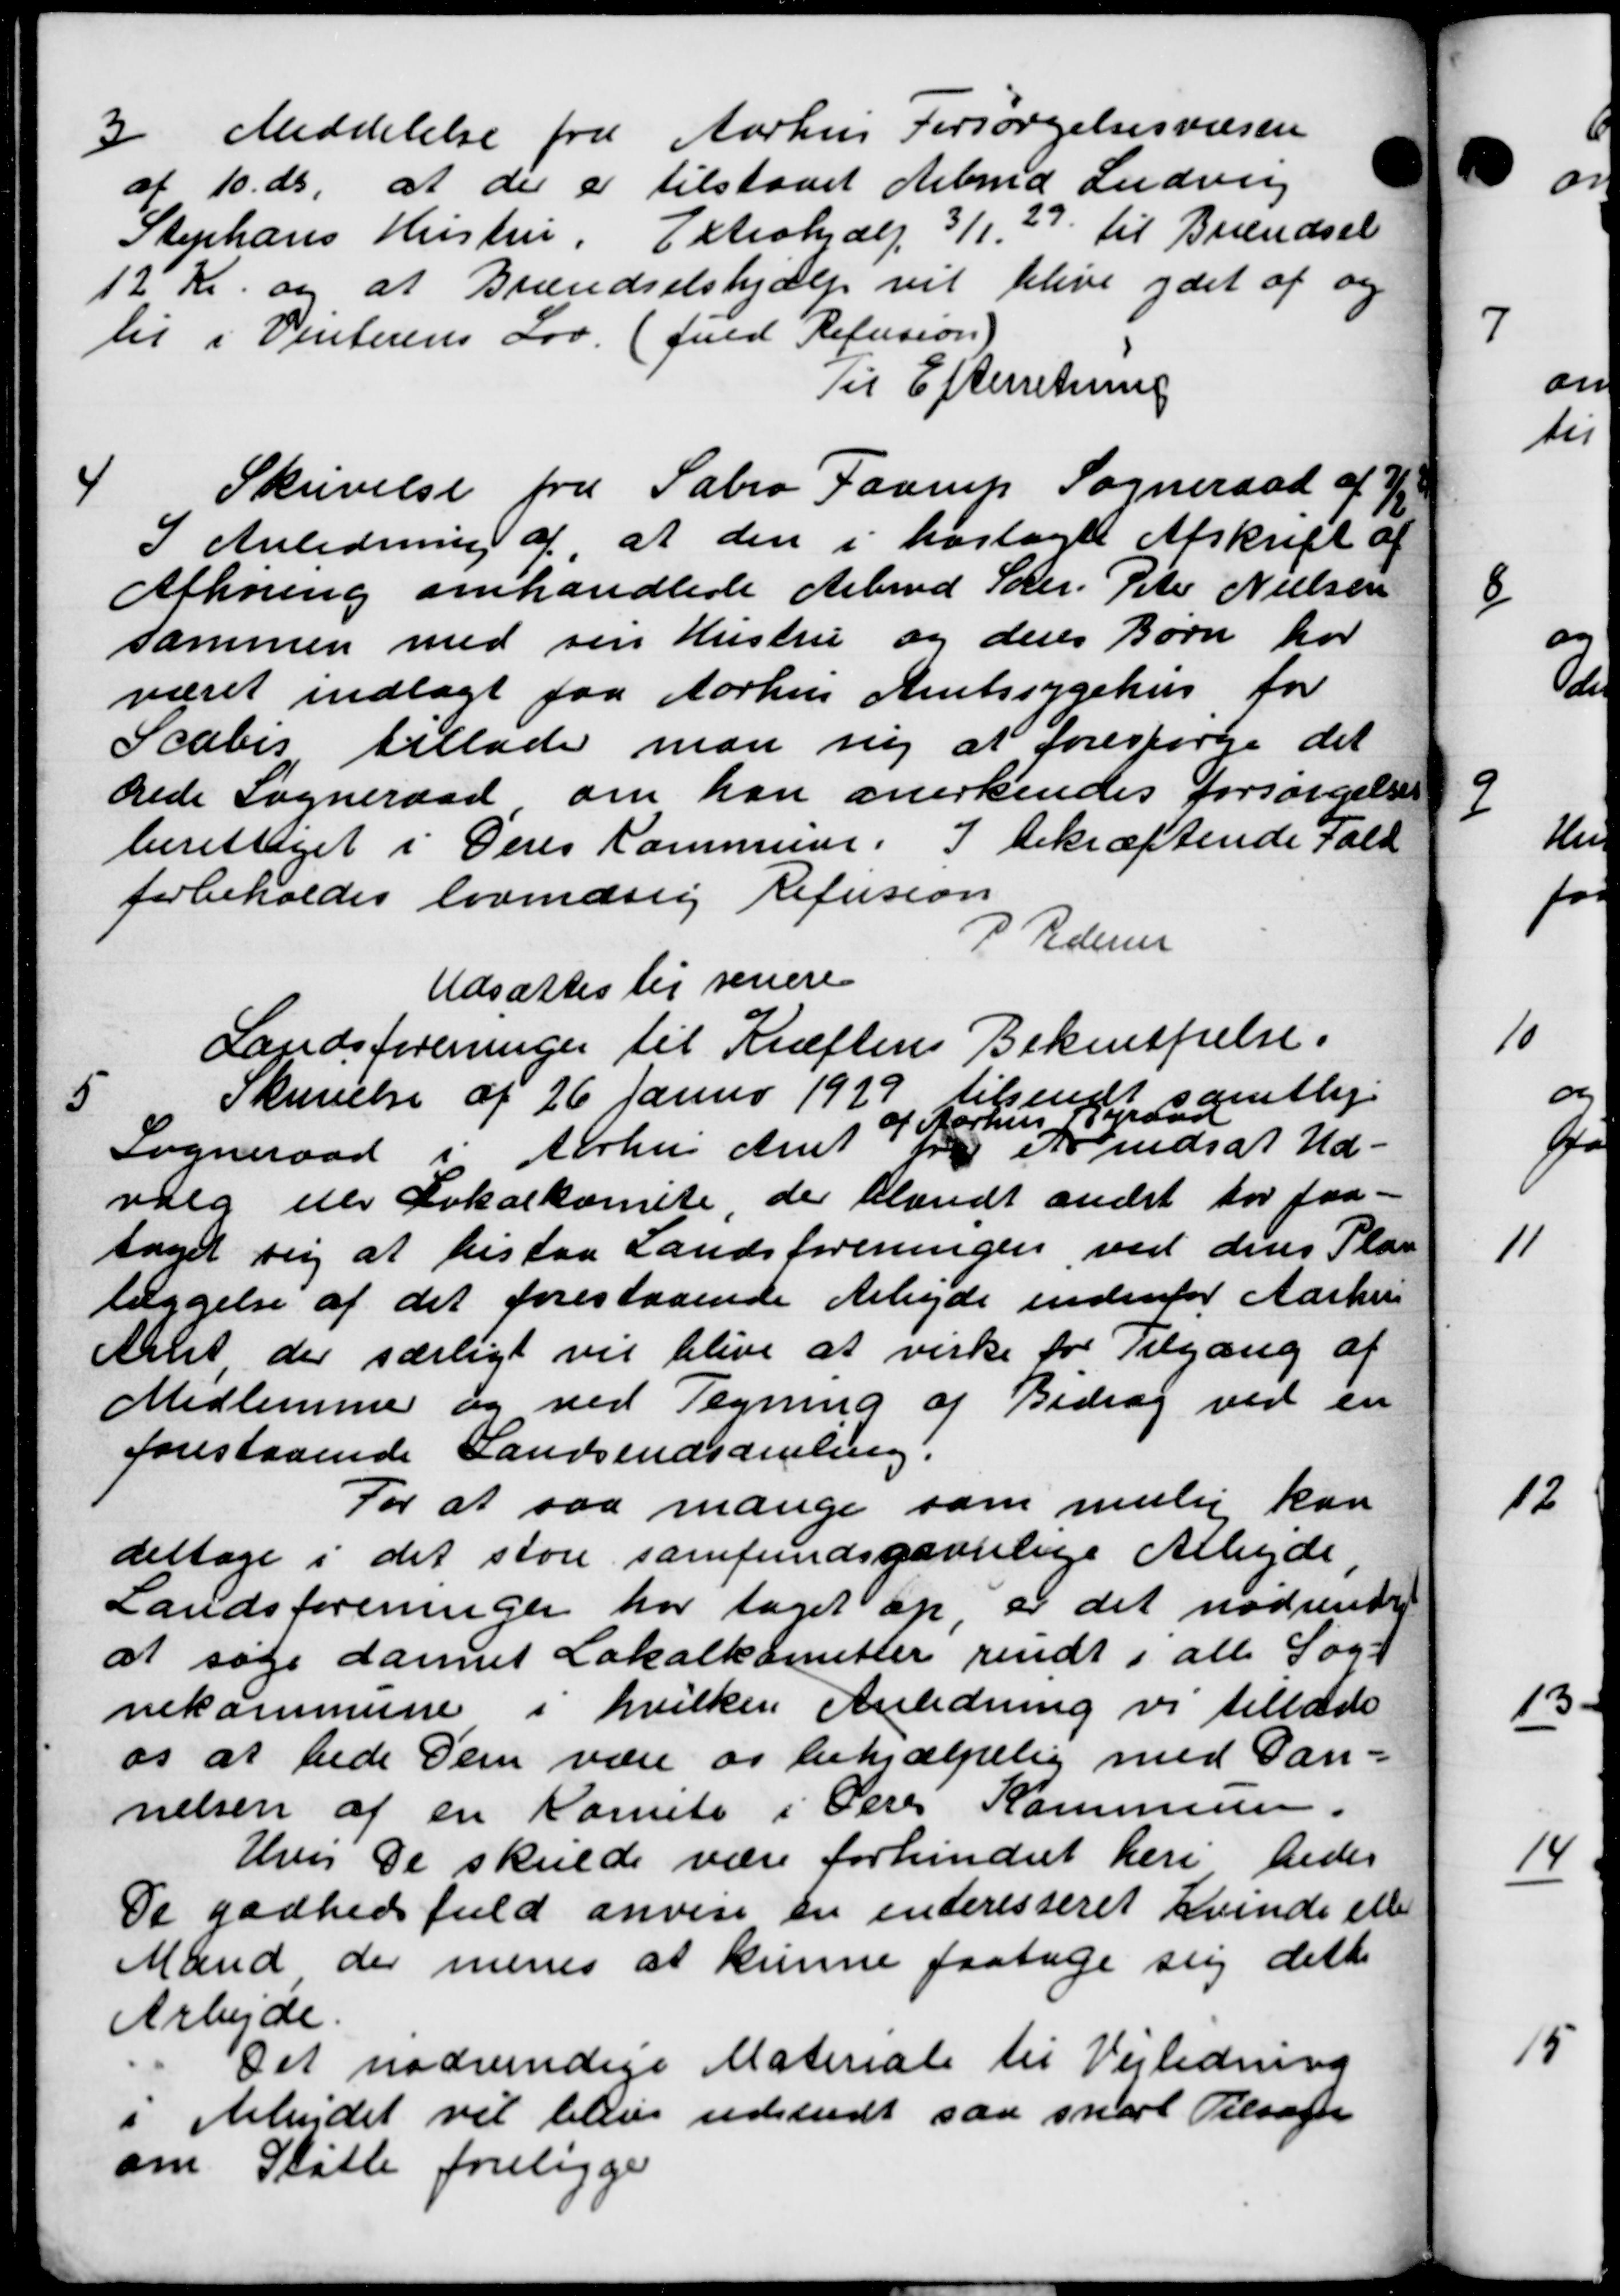
Transskription:
3
Meddelelse fra Aarhus Forsørgelsesvæsen
af 10 ds, at der er tilstaaet Arbmd Ludvig
Stephans Hustru, Extrahjælp 3/1, 27 til Brændsel
12 Kr. og at Brændselshjælp vil blive ydet af og
lil i Vinterens Lov. (fuld Refusion)
Til Efterretning
4
Skrivelse fra Sabro Faarup Sogneraad af 7/1
I Anledning af at den i hoslagt Afskrift af
Afhøring omhandlede Arbmd Søer. Peter Nielsen
sammen med sin Hustru og deres Børn har
været indlagt fra Aarhus Amtssygehus for
Scabis tillader man ny at forespørge det
ærede Sogneraad om han anerkendes forsørgelses
berettiget i Deres Kommune. I bekræftende Fald
forbeholdes lovendsig Refusion
P Pedersen
Udsættes til senere
Landsforeninger til Kræftens Bekentfrelse.
5
Skrivelse af 26 Januar 1929 tilsendt samtlige
4 Aarhus Byraad
Sogneraad i Århus Amt fra Arndsat Ud-
valg der Lokalkomite, der blandt andet for faa-
taget sig at bistaa Landsforeningen ved dens Plan
læggelse af det forestaaende Arbejde indenfor Aarhus
Aalet der særligt vil blive at virke for Tilgang af
Medlemmer og ved Tegning af Bidrag ved en
forestaaende Landsindsamling.
For at saa mange som mulig kan
deltage i det store samfundsgavnlige Arbejde,
Landsforeningen har taget op, er det nødvende
at søge dannet Lokalkomitter sendt i alle Sog
nekommerne i hvilken Anledning vi tillade
os at bede dem være os behjælpelig med Dan-
nelsen af en Komite i Pere Kommunen.
Hve De skulde være forhindret heri bedes
De godhedsfuld anvise en interesseret kvinde eller
Mand der menes at kunne faatage sig dette
Arbejde
Det nødvendige Materiale til Vejledning
Arbejdet vil blive udskudt saa snart Tilsagn
om Støtte foreligge